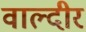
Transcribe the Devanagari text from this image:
वाल्दीर